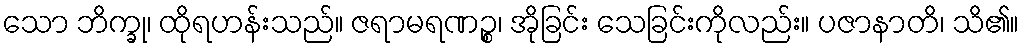
သော ဘိက္ခု၊ ထိုရဟန်းသည်။ ဇရာမရဏဉ္စ၊ အိုခြင်း သေခြင်းကိုလည်း။ ပဇာနာတိ၊ သိ၏။